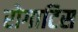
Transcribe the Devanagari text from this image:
रोगाटिस